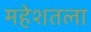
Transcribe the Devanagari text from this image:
महेशतला